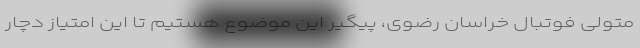
متولی فوتبال خراسان رضوی، پیگیر این موضوع هستیم تا این امتیاز دچار